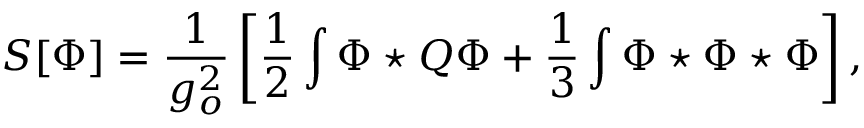
S [ \Phi ] = \frac { 1 } { g _ { o } ^ { 2 } } \left[ \frac 1 2 \int \Phi \star Q \Phi + \frac 1 3 \int \Phi \star \Phi \star \Phi \right] ,